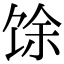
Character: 馀